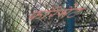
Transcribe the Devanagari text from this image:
फ़ॉरमैट